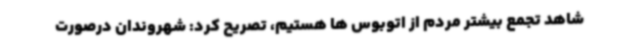
شاهد تجمع بیشتر مردم از اتوبوس ها هستیم، تصریح کرد: شهروندان درصورت